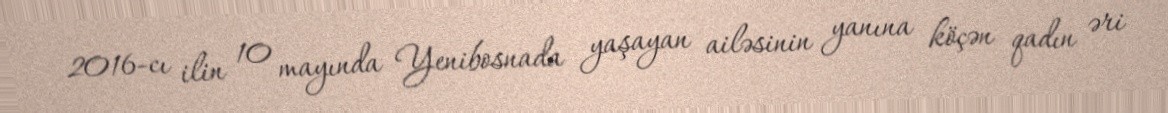
2016-cı ilin 10 mayında Yenibosnada yaşayan ailəsinin yanına köçən qadın əri